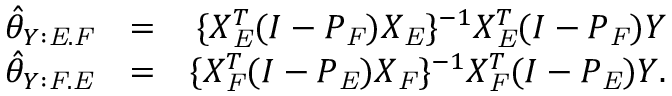
\begin{array} { r l r } { \hat { \theta } _ { Y : \mathit { E } . \mathit { F } } } & { = } & { \{ X _ { \mathit { E } } ^ { T } ( I - P _ { \mathit { F } } ) X _ { \mathit { E } } \} ^ { - 1 } X _ { \mathit { E } } ^ { T } ( I - P _ { \mathit { F } } ) Y } \\ { \hat { \theta } _ { Y : \mathit { F } . \mathit { E } } } & { = } & { \{ X _ { \mathit { F } } ^ { T } ( I - P _ { \mathit { E } } ) X _ { \mathit { F } } \} ^ { - 1 } X _ { \mathit { F } } ^ { T } ( I - P _ { \mathit { E } } ) Y . } \end{array}